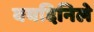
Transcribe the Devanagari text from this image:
वयदिनिले